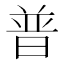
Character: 普